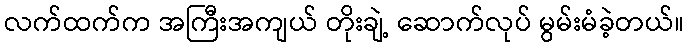
လက်ထက်က အကြီးအကျယ် တိုးချဲ့ ဆောက်လုပ် မွမ်းမံခဲ့တယ်။